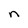
Character: n